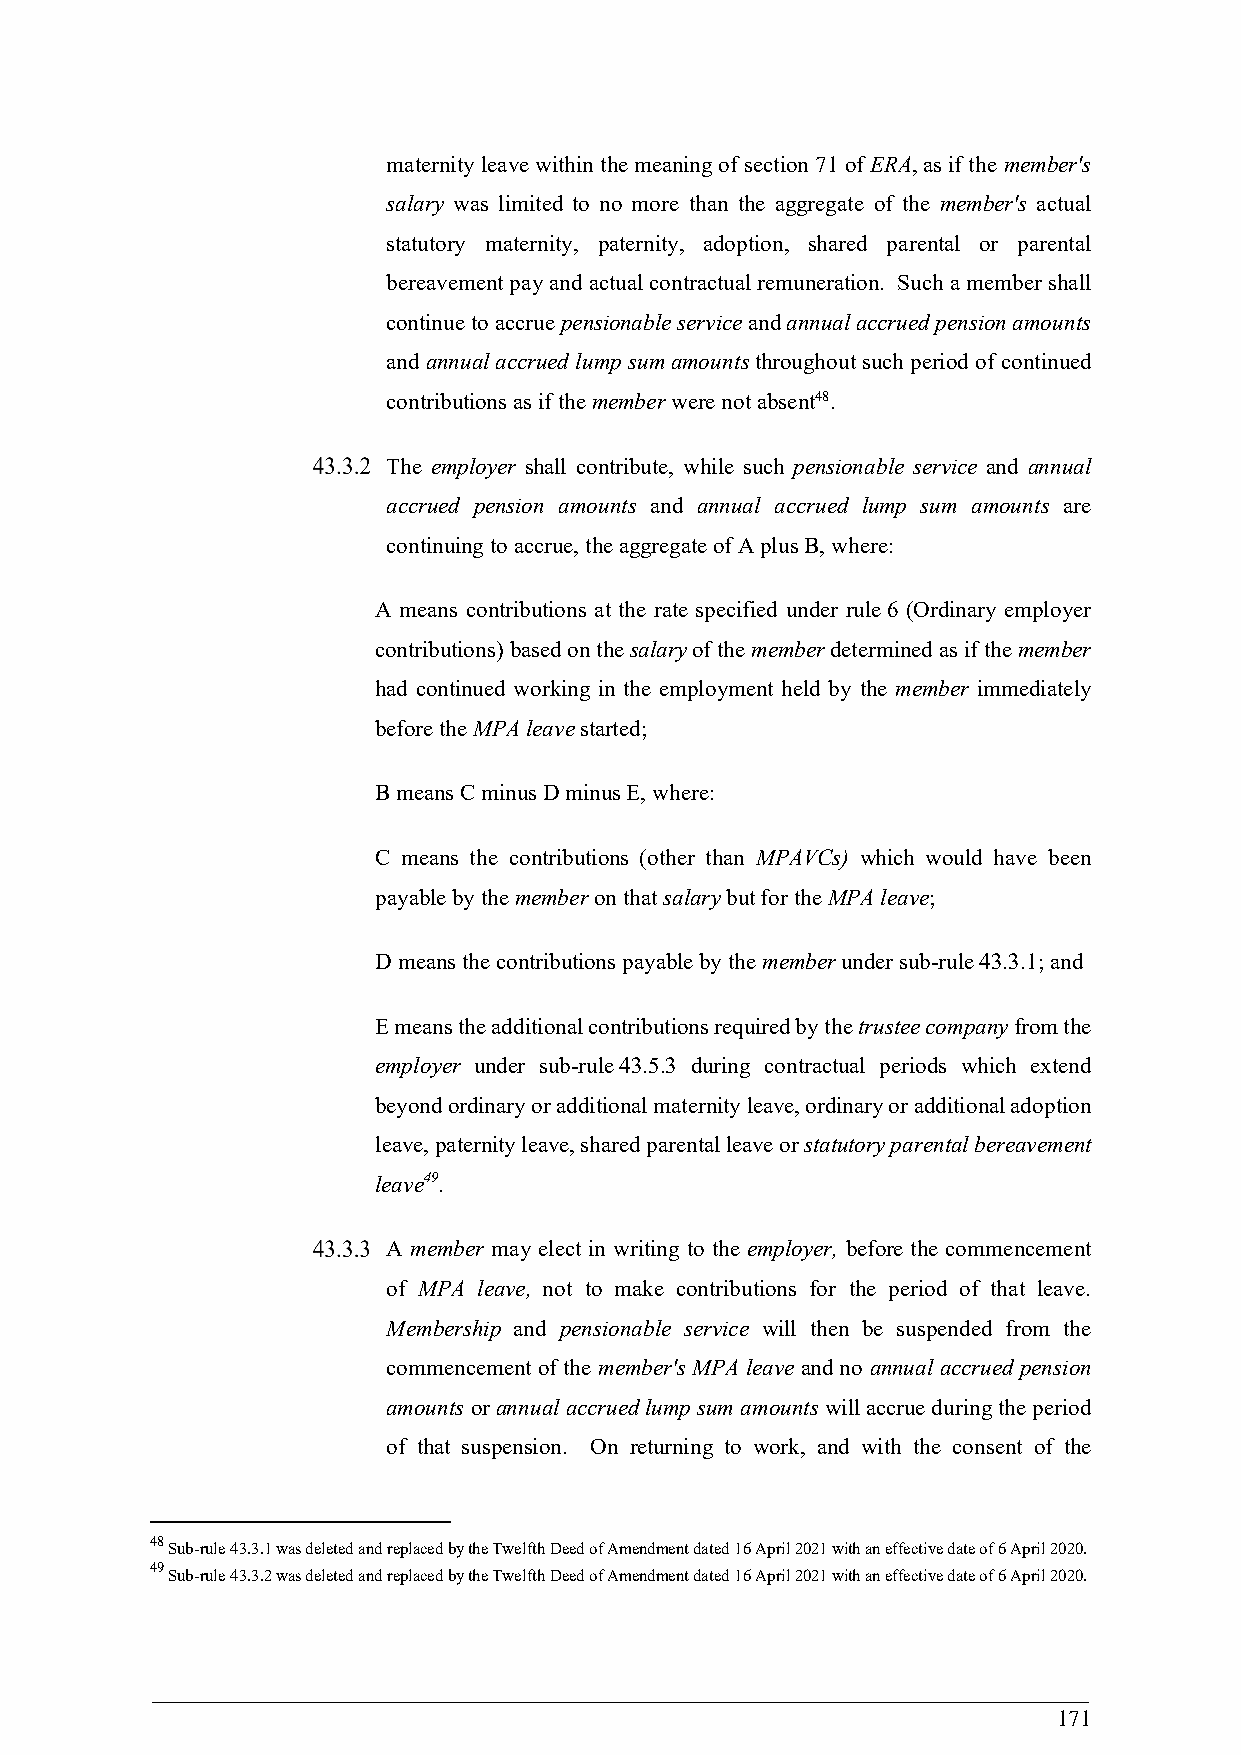
maternity leave within the meaning of section 71 of ERA, as if the member's
 salary was limited to no more than the aggregate of the member's actual
 statutory maternity, paternity, adoption, shared parental or parental
 bereavement pay and actual contractual remuneration. Such a member shall
 continue to accrue pensionable service and annual accrued pension amounts
 and annual accrued lump sum amounts throughout such period of continued
 contributions as if the member were not absent48.
 The employer shall contribute, while such pensionable service and annual
 accrued pension amounts and annual accrued lump sum amounts are
 continuing to accrue, the aggregate of A plus B, where:
 A means contributions at the rate specified under rule 6 (Ordinary employer
 contributions) based on the salary of the member determined as if the member
 had continued working in the employment held by the member immediately
 before the MPA leave started;
 B means C minus D minus E, where:
 C means the contributions (other than MPAVCs) which would have been
 payable by the member on that salary but for the MPA leave;
 D means the contributions payable by the member under sub-rule 43.3.1; and
 E means the additional contributions required by the trustee company from the
 employer under sub-rule 43.5.3 during contractual periods which extend
 beyond ordinary or additional maternity leave, ordinary or additional adoption
 leave, paternity leave, shared parental leave or statutory parental bereavement
 leave49.
 A member may elect in writing to the employer, before the commencement
 of MPA leave, not to make contributions for the period of that leave.
 Membership and pensionable service will then be suspended from the
 commencement of the member's MPA leave and no annual accrued pension
 amounts or annual accrued lump sum amounts will accrue during the period
 of that suspension. On returning to work, and with the consent of the
 48
 Sub-rule 43.3.1 was deleted and replaced by the Twelfth Deed of Amendment dated 16 April 2021 with an effective date of 6 April 2020.
 49
 Sub-rule 43.3.2 was deleted and replaced by the Twelfth Deed of Amendment dated 16 April 2021 with an effective date of 6 April 2020.
 171